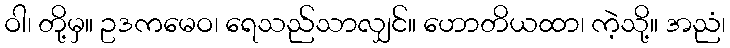
ဝါ၊ တို့မှ။ ဥဒကမေဝ၊ ရေသည်သာလျှင်။ ဟောတိယထာ၊ ကဲ့သို့။ အညံ၊